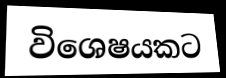
විශෙෂයකට